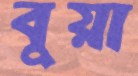
বুয়া